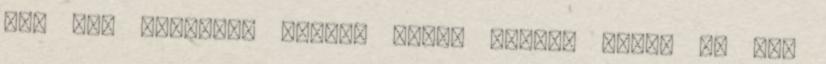
EB. Nem csinálja nálunk senki jobban Ezért is nem